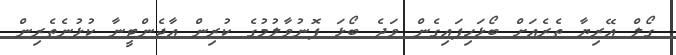
ގޯލް އޭރިޔާ ތެރެއަށް ބޯޅަހިފައިގެން ވަދެ ބޯޅަ ފޮނުވާލުމުގެ ކުރިން އާޖެންޓީނާ ކުޅުނެތެރިން